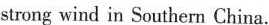
strong wind in Southern China.